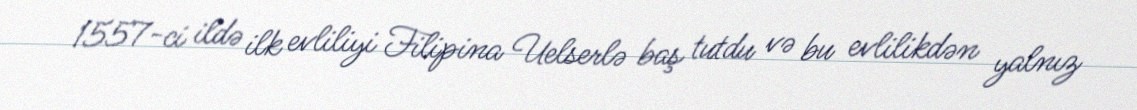
1557-ci ildə ilk evliliyi Filipina Uelserlə baş tutdu və bu evlilikdən yalnız